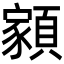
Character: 𩔧